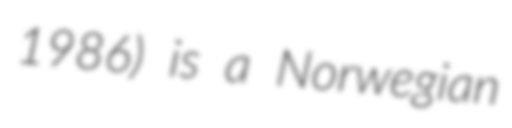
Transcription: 1986) is a Norwegian